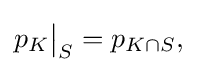
{\textstyle p_{K}{\big \vert }_{S}=p_{K\cap S},}